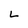
Character: L